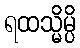
ရထသ္မိမ္ပိ